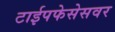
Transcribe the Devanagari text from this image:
टाईपफेसेसवर